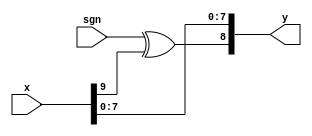
/* signed_div_2.v
 * Compute division by 2 using a right-shift, taking care of the sign bit.
 * This enables us to multiply by a fractional 2-bit number without an
 * actual multiplication circuit.
 */
module signed_div_2
 #( parameter WIDTH = 10
  )
  ( x
  , sgn
  , y
  );

  input  wire signed [WIDTH-1 : 0] x;
  input  wire sgn;
  output wire signed [WIDTH-2 : 0] y;

  assign y = {sgn ^ x[WIDTH-1], x[WIDTH-3 : 0]};

endmodule